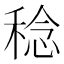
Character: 稔